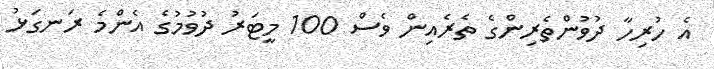
އެ ހުރިހާ ދުވުންތެރިންގެ ތެރެއިން ވެސް 100 މީޓަރު ދުވުމުގެ އެންމެ ރަނގަޅު